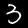
Label: 3